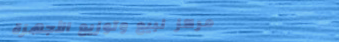
مركز لبيع وتوزيع الأجهزة